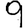
Digit: 9